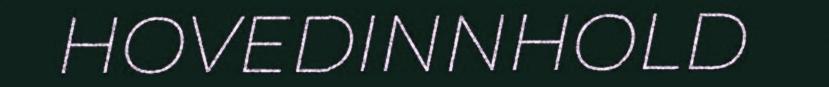
HOVEDINNHOLD